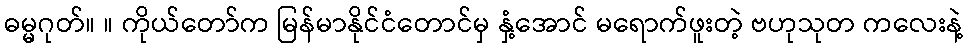
ဓမ္မဂုတ်။ ။ ကိုယ်တော်က မြန်မာနိုင်ငံတောင်မှ နှံ့အောင် မရောက်ဖူးတဲ့ ဗဟုသုတ ကလေးနဲ့